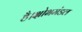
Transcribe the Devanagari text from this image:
है।क्षोभमंडल